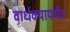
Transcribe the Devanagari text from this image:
वार्धक्यापर्यंत